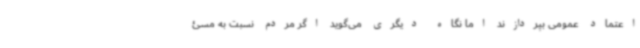
اعتماد عمومی بپردازند اما نگاه دیگری می‌گوید اگر مردم نسبت به مسئ